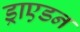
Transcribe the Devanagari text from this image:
ड्राएडन